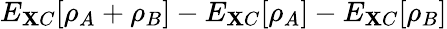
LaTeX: E_{\mathbf{X}C}[\rho_{A}+\rho_{B}]-E_{\mathbf{X}C}[\rho_{A}]-E_{\mathbf{X}C}[\rho_{B}]